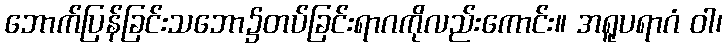
ဘောက်ပြန်ခြင်းသဘော၌တပ်ခြင်းရာဂကိုလည်းကောင်း။ အရူပရာဂံ ဝါ၊